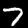
Digit: 7